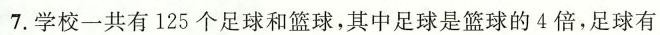
7.学校一共有125个足球和篮球，其中足球是篮球的4倍，足球有